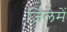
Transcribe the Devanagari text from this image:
जिलेमें